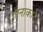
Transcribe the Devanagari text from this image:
ज्ञानाकार